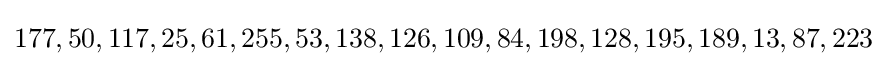
177,50,117,25,61,255,53,138,126,109,84,198,128,195,189,13,87,223